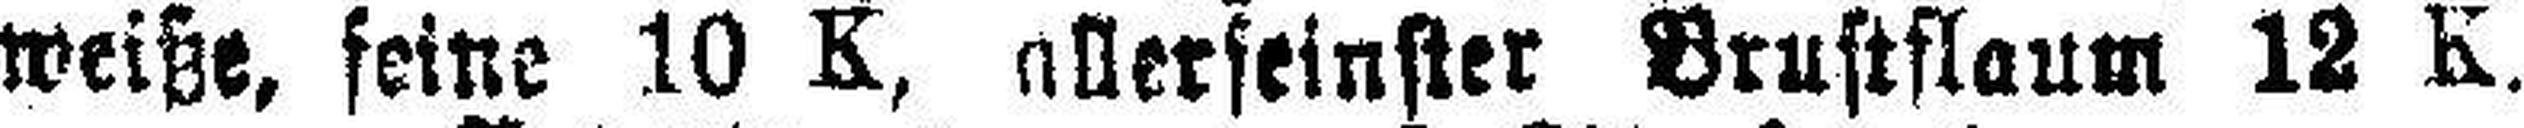
weiße, feine 10 K, allerseinster Brustflaum 12 K.